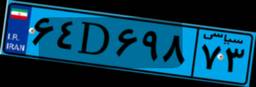
۵۰D۹۷۳۹۵